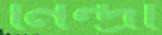
নিন্দ্রা